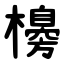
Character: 櫋